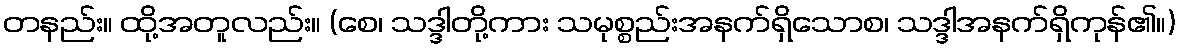
တနည်း။ ထို့အတူလည်း။ (စေ၊ သဒ္ဒါတို့ကား သမုစ္စည်းအနက်ရှိသောစ၊ သဒ္ဒါအနက်ရှိကုန်၏။)